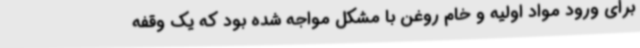
برای ورود مواد اولیه و خام روغن با مشکل مواجه شده بود که یک وقفه‌